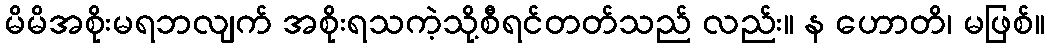
မိမိအစိုးမရဘလျက် အစိုးရသကဲ့သို့စီရင်တတ်သည် လည်း။ န ဟောတိ၊ မဖြစ်။